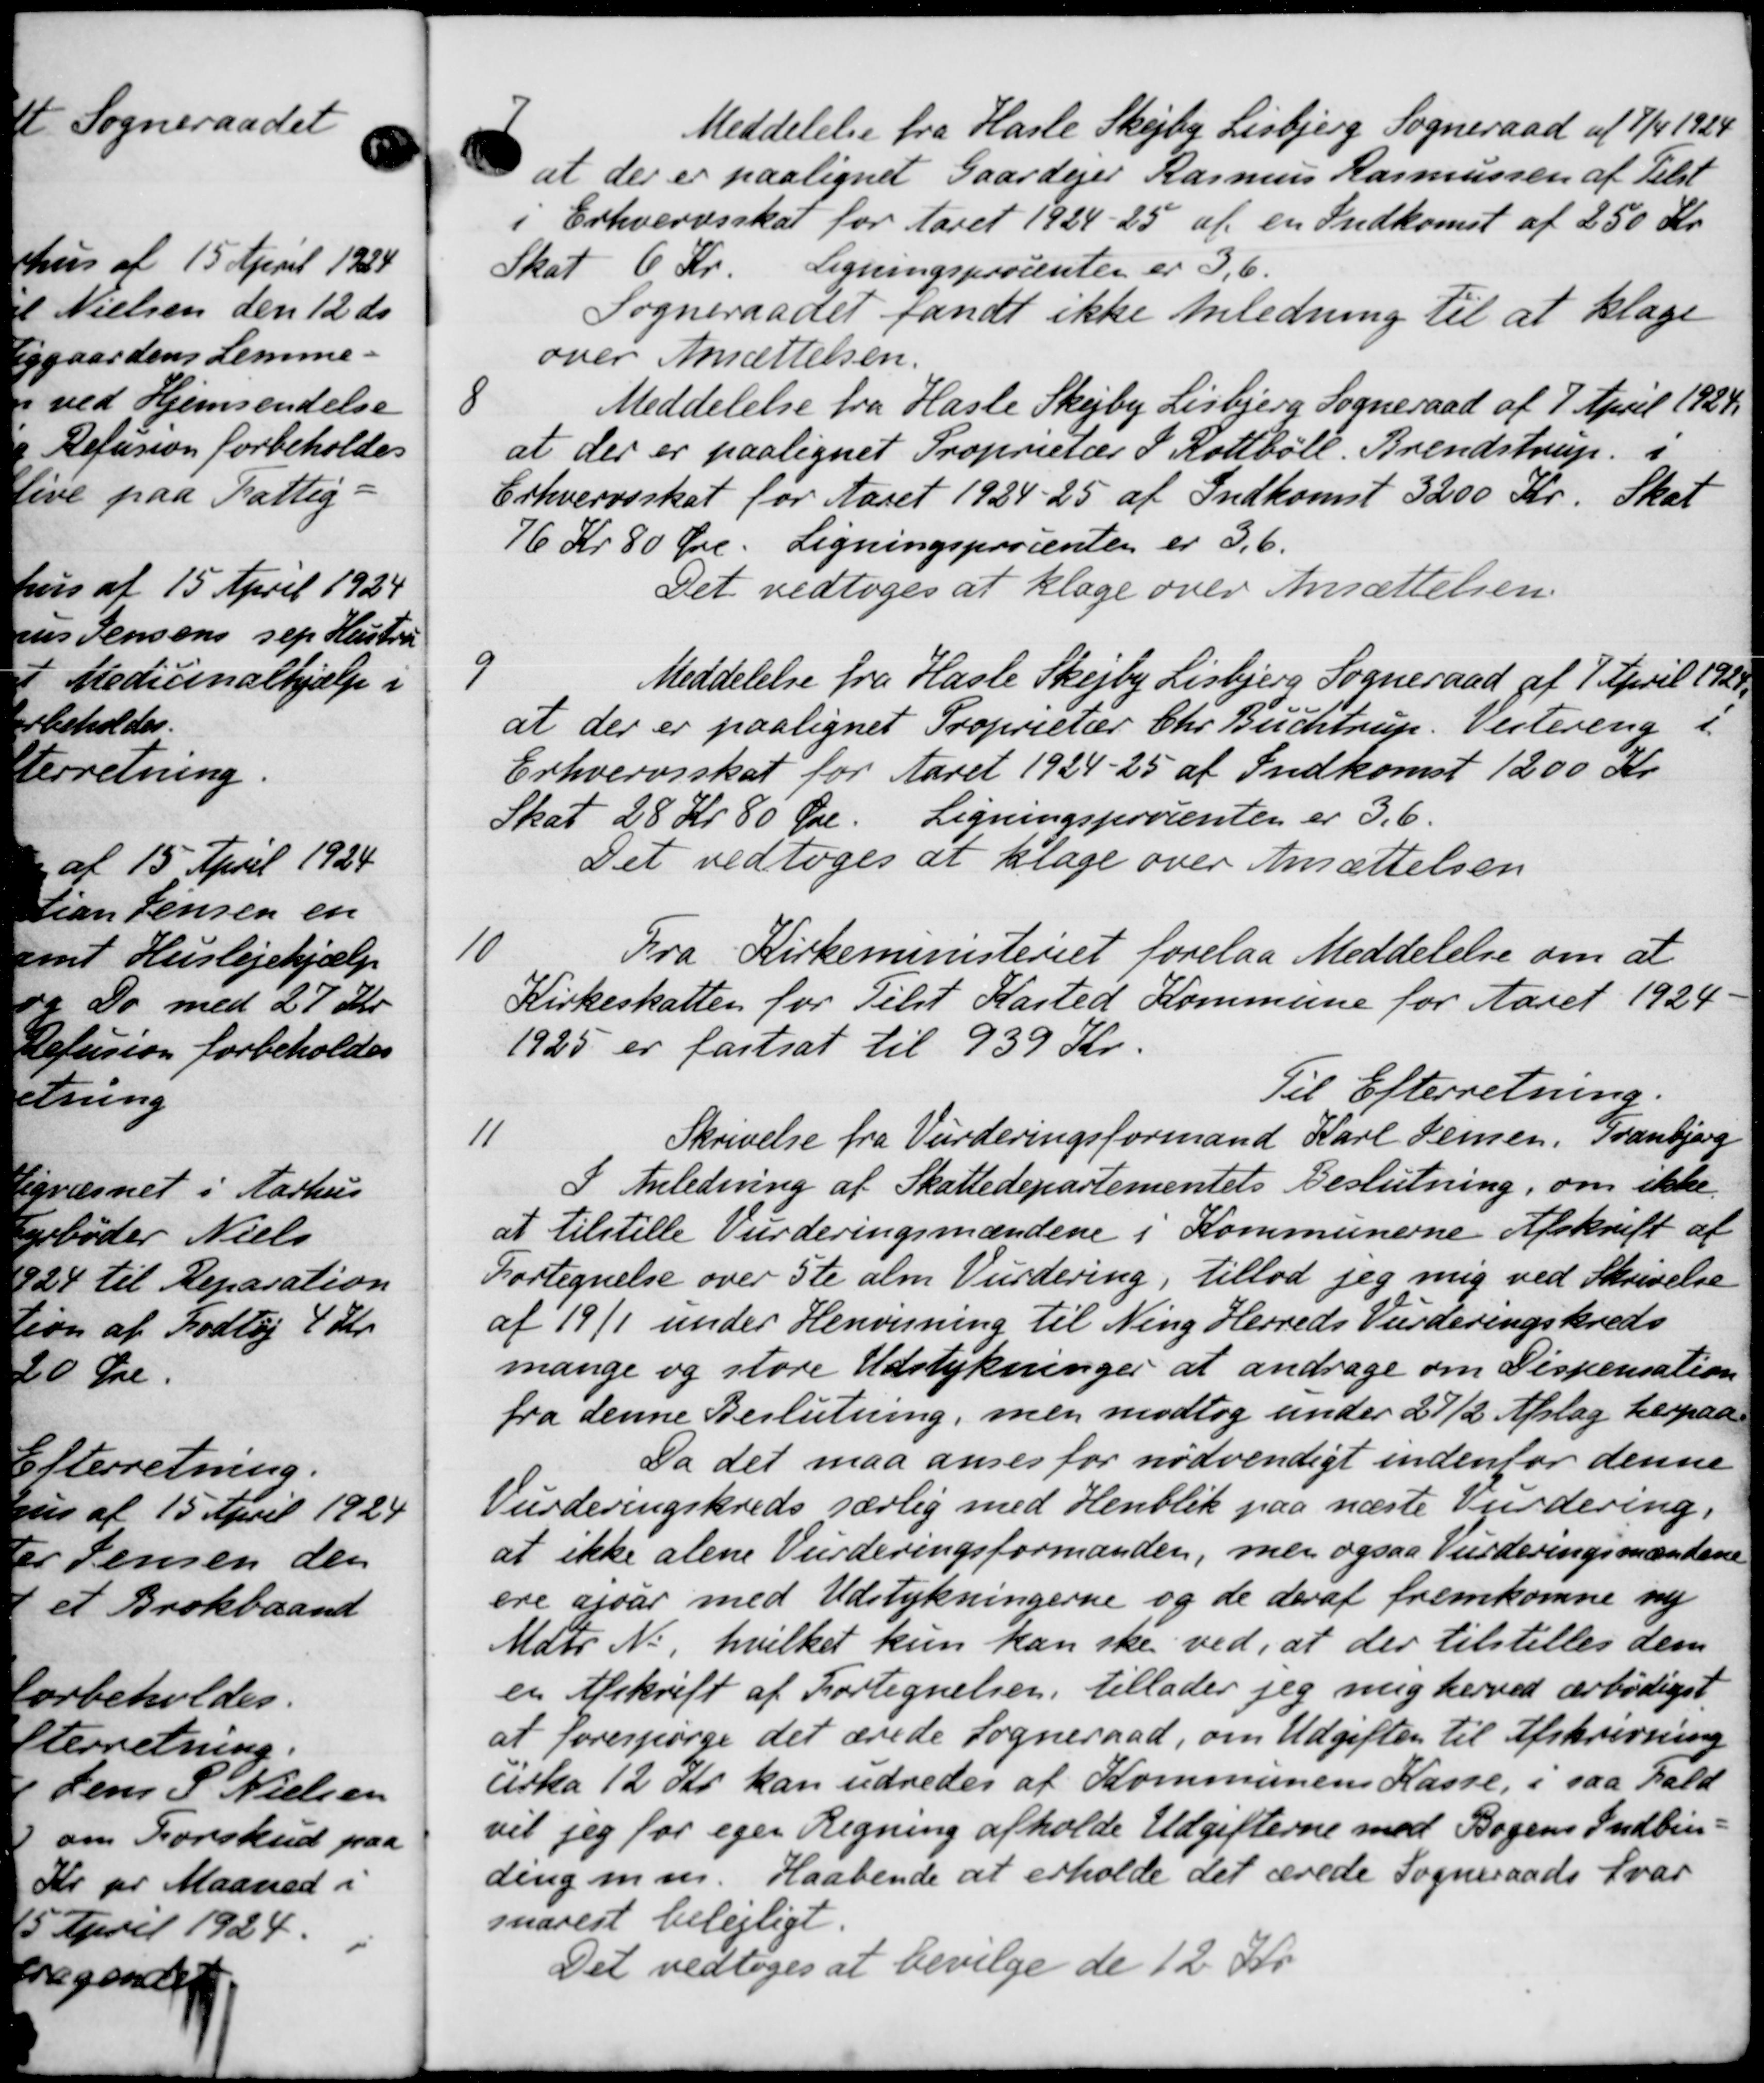
Transskription:
7
Meddelelse fra Hasle Skejby Lisbjerg Sogneraad af 7/4 1924
at der er paalignet Gaardejer Rasmus Rasmussen af Telst
Erhvervsskat for Aaret 1924-25 af en Indkomst af 250 Kr.
Skat 6 Kr. Ligningsprocenten er 3,6.
Sogneraadet fandt ikke Anledning til at klage
over Ansættelsen.
8
Meddelelse fra Hasle Skejby Lisbjerg Sogneraad af 7 April 1924.
at der er paalignet Proprietær P. Rottbóll. Brendstrup i
Erhvervsskat for Aaret 1924-25 af Indkomst 3200 Kr. Skat
76 Kr 80 Øre. Ligningsprocenten er 3,6.
Det vedtoges at klage over Ansættelsen
9
Meddelelse fra Hasle Skejby Lisbjerg Sogneraad af 1 April 1928.
at der er paalignet Proprietær Chr. Buchtrup. Vestering i
Erhvervsskat for Aaret 1924-25 af Indkomst 1200 Kr
Skat 28 Kr 80 Øre. Ligningsprocenten er 3.6.
Det vedtoges at klage over Ansættelsen
10
Fra Kirkeministeriet forelaa Meddelelse om at
Kirkeskatten for Tilst Kasted Kommune for Aaret 1924
1925 er fastsat til 939 Kr.
Til Efterretning.
11
Skrivelse fra Vurderingsformand Karl Jensen, Tranbjerg
I Anledning af Skattedepartementets Beslutning, om ikke.
at tilstille Vurderingsmændene i Kommunerne Afskrift af
Fortegnelse over ste alm Vurdering, tillod jeg mig ved Skrivelse
af 1911 under Henvisning til Ning Herreds Vurderingskreds
mange og store Udstykninger at andrage om Dispensation
fra denne Beslutning, men modtog under 27/2 Afslag herpaa
Da det maa anses for nødvendigt indenfor denne
Vurderingskreds særlig med Henblik paa næste Vurdering.
at ikke alene Vurderingsformanden, men ogsaa Vurderingsmændene
ere afvar med Udstykningerne og de deraf fremkomne ny
Matr. No, hvilket kun kan ske ved, at der tilstilles dem
en Afskrift af Fortegnelsen, tillader jeg mig herved ærbødigst
at forespørge det ærede Sogneraad, om Udgiften til Afskrivning
cirka 12 Kr. kan udredes af Kommunens Kasse, i saa Fald
vil jeg for eger Regning afholde Udgifterne med Bogens Indbin-
ding m.m. Haabende at erholde det ærede Sogneraads Svar
snarest belejligt.
Det vedtoges at bevilge de 12 Kr.